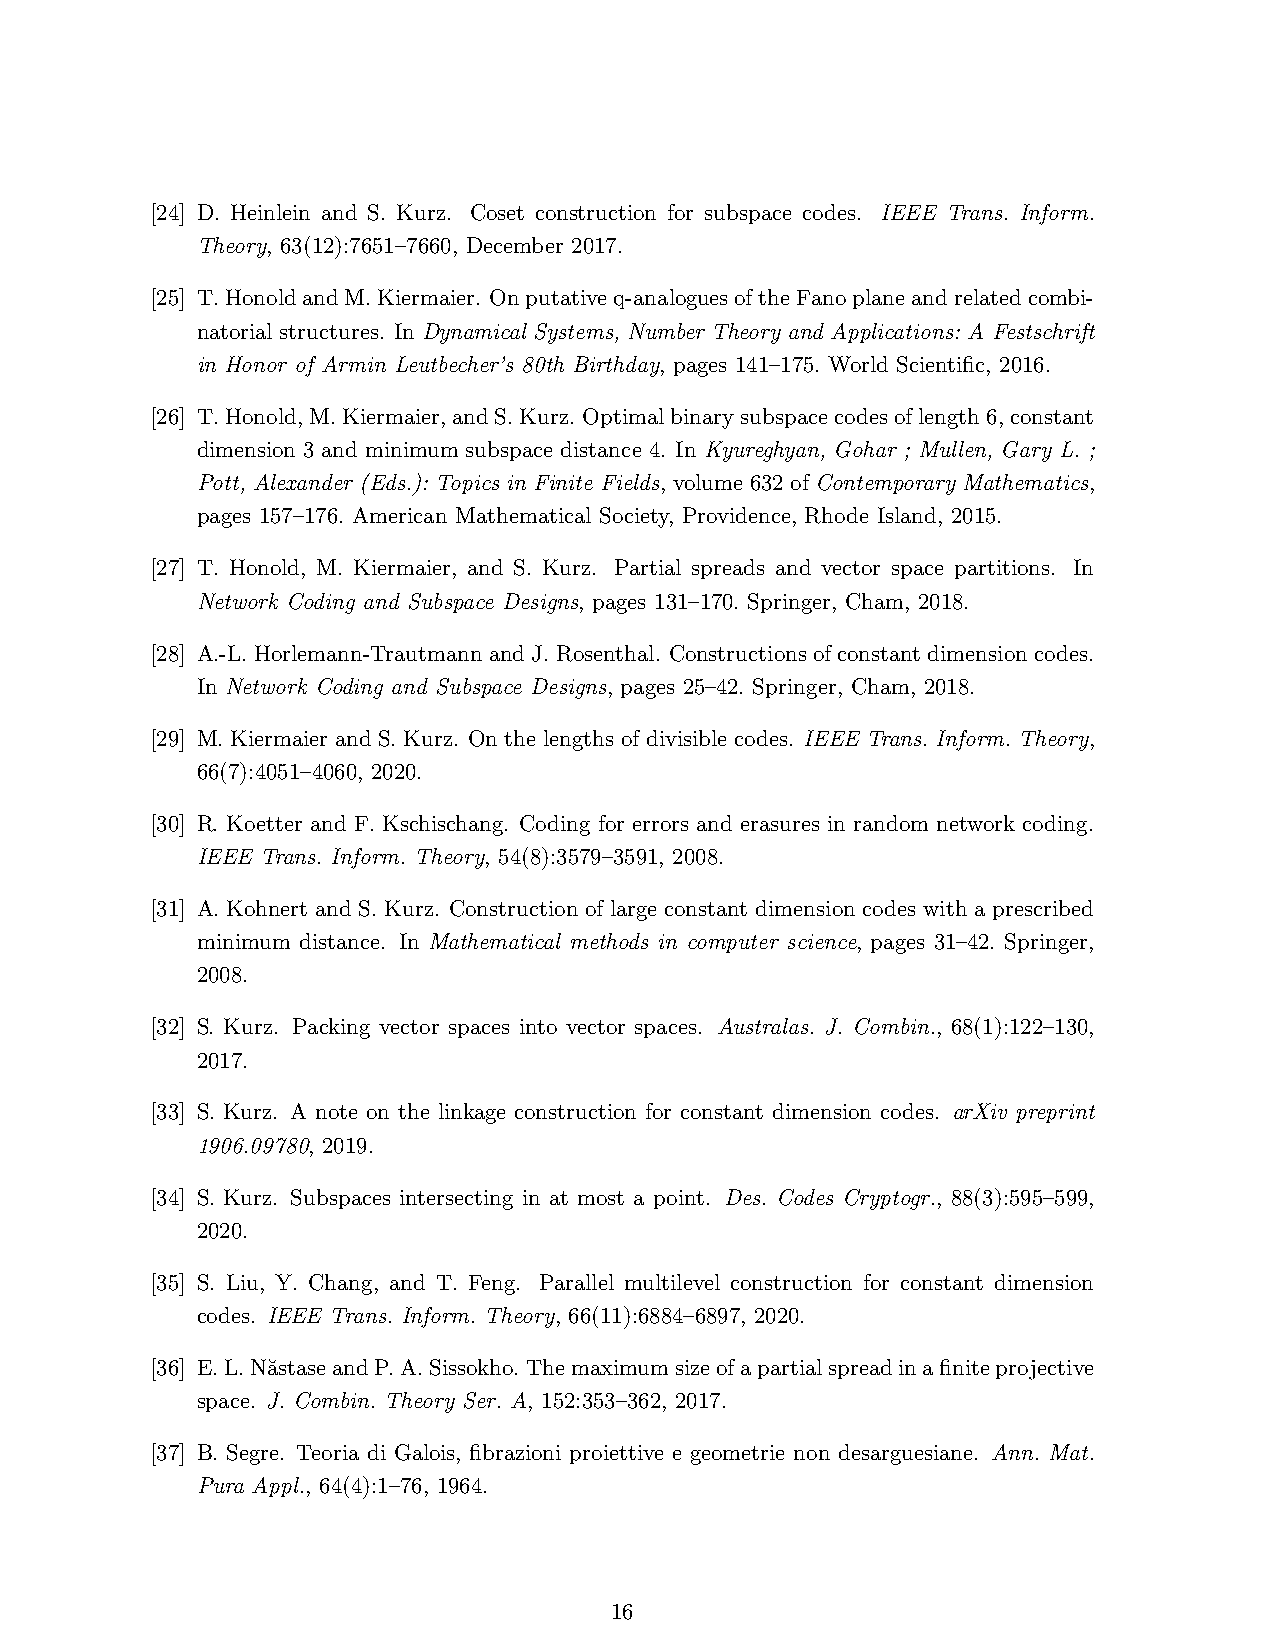
[24] D. Heinlein and S. Kurz. Coset construction for subspace codes. IEEE Trans. Inform.
 Theory, 63(12):7651–7660, December 2017.
 [25] T.HonoldandM.Kiermaier. Onputativeq-analoguesoftheFanoplaneandrelatedcombi-
 natorial structures. In Dynamical Systems, Number Theory and Applications: A Festschrift
 in Honor of Armin Leutbecher’s 80th Birthday, pages 141–175. World Scientific, 2016.
 [26] T.Honold,M.Kiermaier,andS.Kurz. Optimalbinarysubspacecodesoflength6,constant
 dimension 3 and minimum subspace distance 4. In Kyureghyan, Gohar ; Mullen, Gary L. ;
 Pott, Alexander (Eds.): Topics in Finite Fields, volume 632 of Contemporary Mathematics,
 pages 157–176. American Mathematical Society, Providence, Rhode Island, 2015.
 [27] T. Honold, M. Kiermaier, and S. Kurz. Partial spreads and vector space partitions. In
 Network Coding and Subspace Designs, pages 131–170. Springer, Cham, 2018.
 [28] A.-L. Horlemann-Trautmann and J. Rosenthal. Constructions of constant dimension codes.
 In Network Coding and Subspace Designs, pages 25–42. Springer, Cham, 2018.
 [29] M. Kiermaier and S. Kurz. On the lengths of divisible codes. IEEE Trans. Inform. Theory,
 66(7):4051–4060, 2020.
 [30] R. Koetter and F. Kschischang. Coding for errors and erasures in random network coding.
 IEEE Trans. Inform. Theory, 54(8):3579–3591, 2008.
 [31] A. Kohnert and S. Kurz. Construction of large constant dimension codes with a prescribed
 minimum distance. In Mathematical methods in computer science, pages 31–42. Springer,
 2008.
 [32] S. Kurz. Packing vector spaces into vector spaces. Australas. J. Combin., 68(1):122–130,
 2017.
 [33] S. Kurz. A note on the linkage construction for constant dimension codes. arXiv preprint
 1906.09780, 2019.
 [34] S. Kurz. Subspaces intersecting in at most a point. Des. Codes Cryptogr., 88(3):595–599,
 2020.
 [35] S. Liu, Y. Chang, and T. Feng. Parallel multilevel construction for constant dimension
 codes. IEEE Trans. Inform. Theory, 66(11):6884–6897, 2020.
 [36] E.L.N˘astaseandP.A.Sissokho. Themaximumsizeofapartialspreadinafiniteprojective
 space. J. Combin. Theory Ser. A, 152:353–362, 2017.
 [37] B. Segre. Teoria di Galois, fibrazioni proiettive e geometrie non desarguesiane. Ann. Mat.
 Pura Appl., 64(4):1–76, 1964.
 16